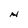
Character: N